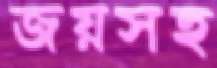
জয়সহ